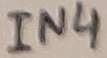
Text: IN4